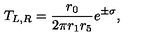
T _ { L , R } = \frac { r _ { 0 } } { 2 \pi r _ { 1 } r _ { 5 } } e ^ { \pm \sigma } ,